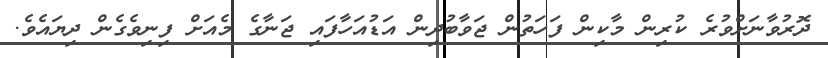
ދޮރުވާނަށްވުރެ ކުރިން މާކިން ފަހަތުން ޖަވާބުދިން އަޑުއަހާފައި ޖަނާގެ މެއަށް ފިނިވެގެން ދިޔައެވެ.